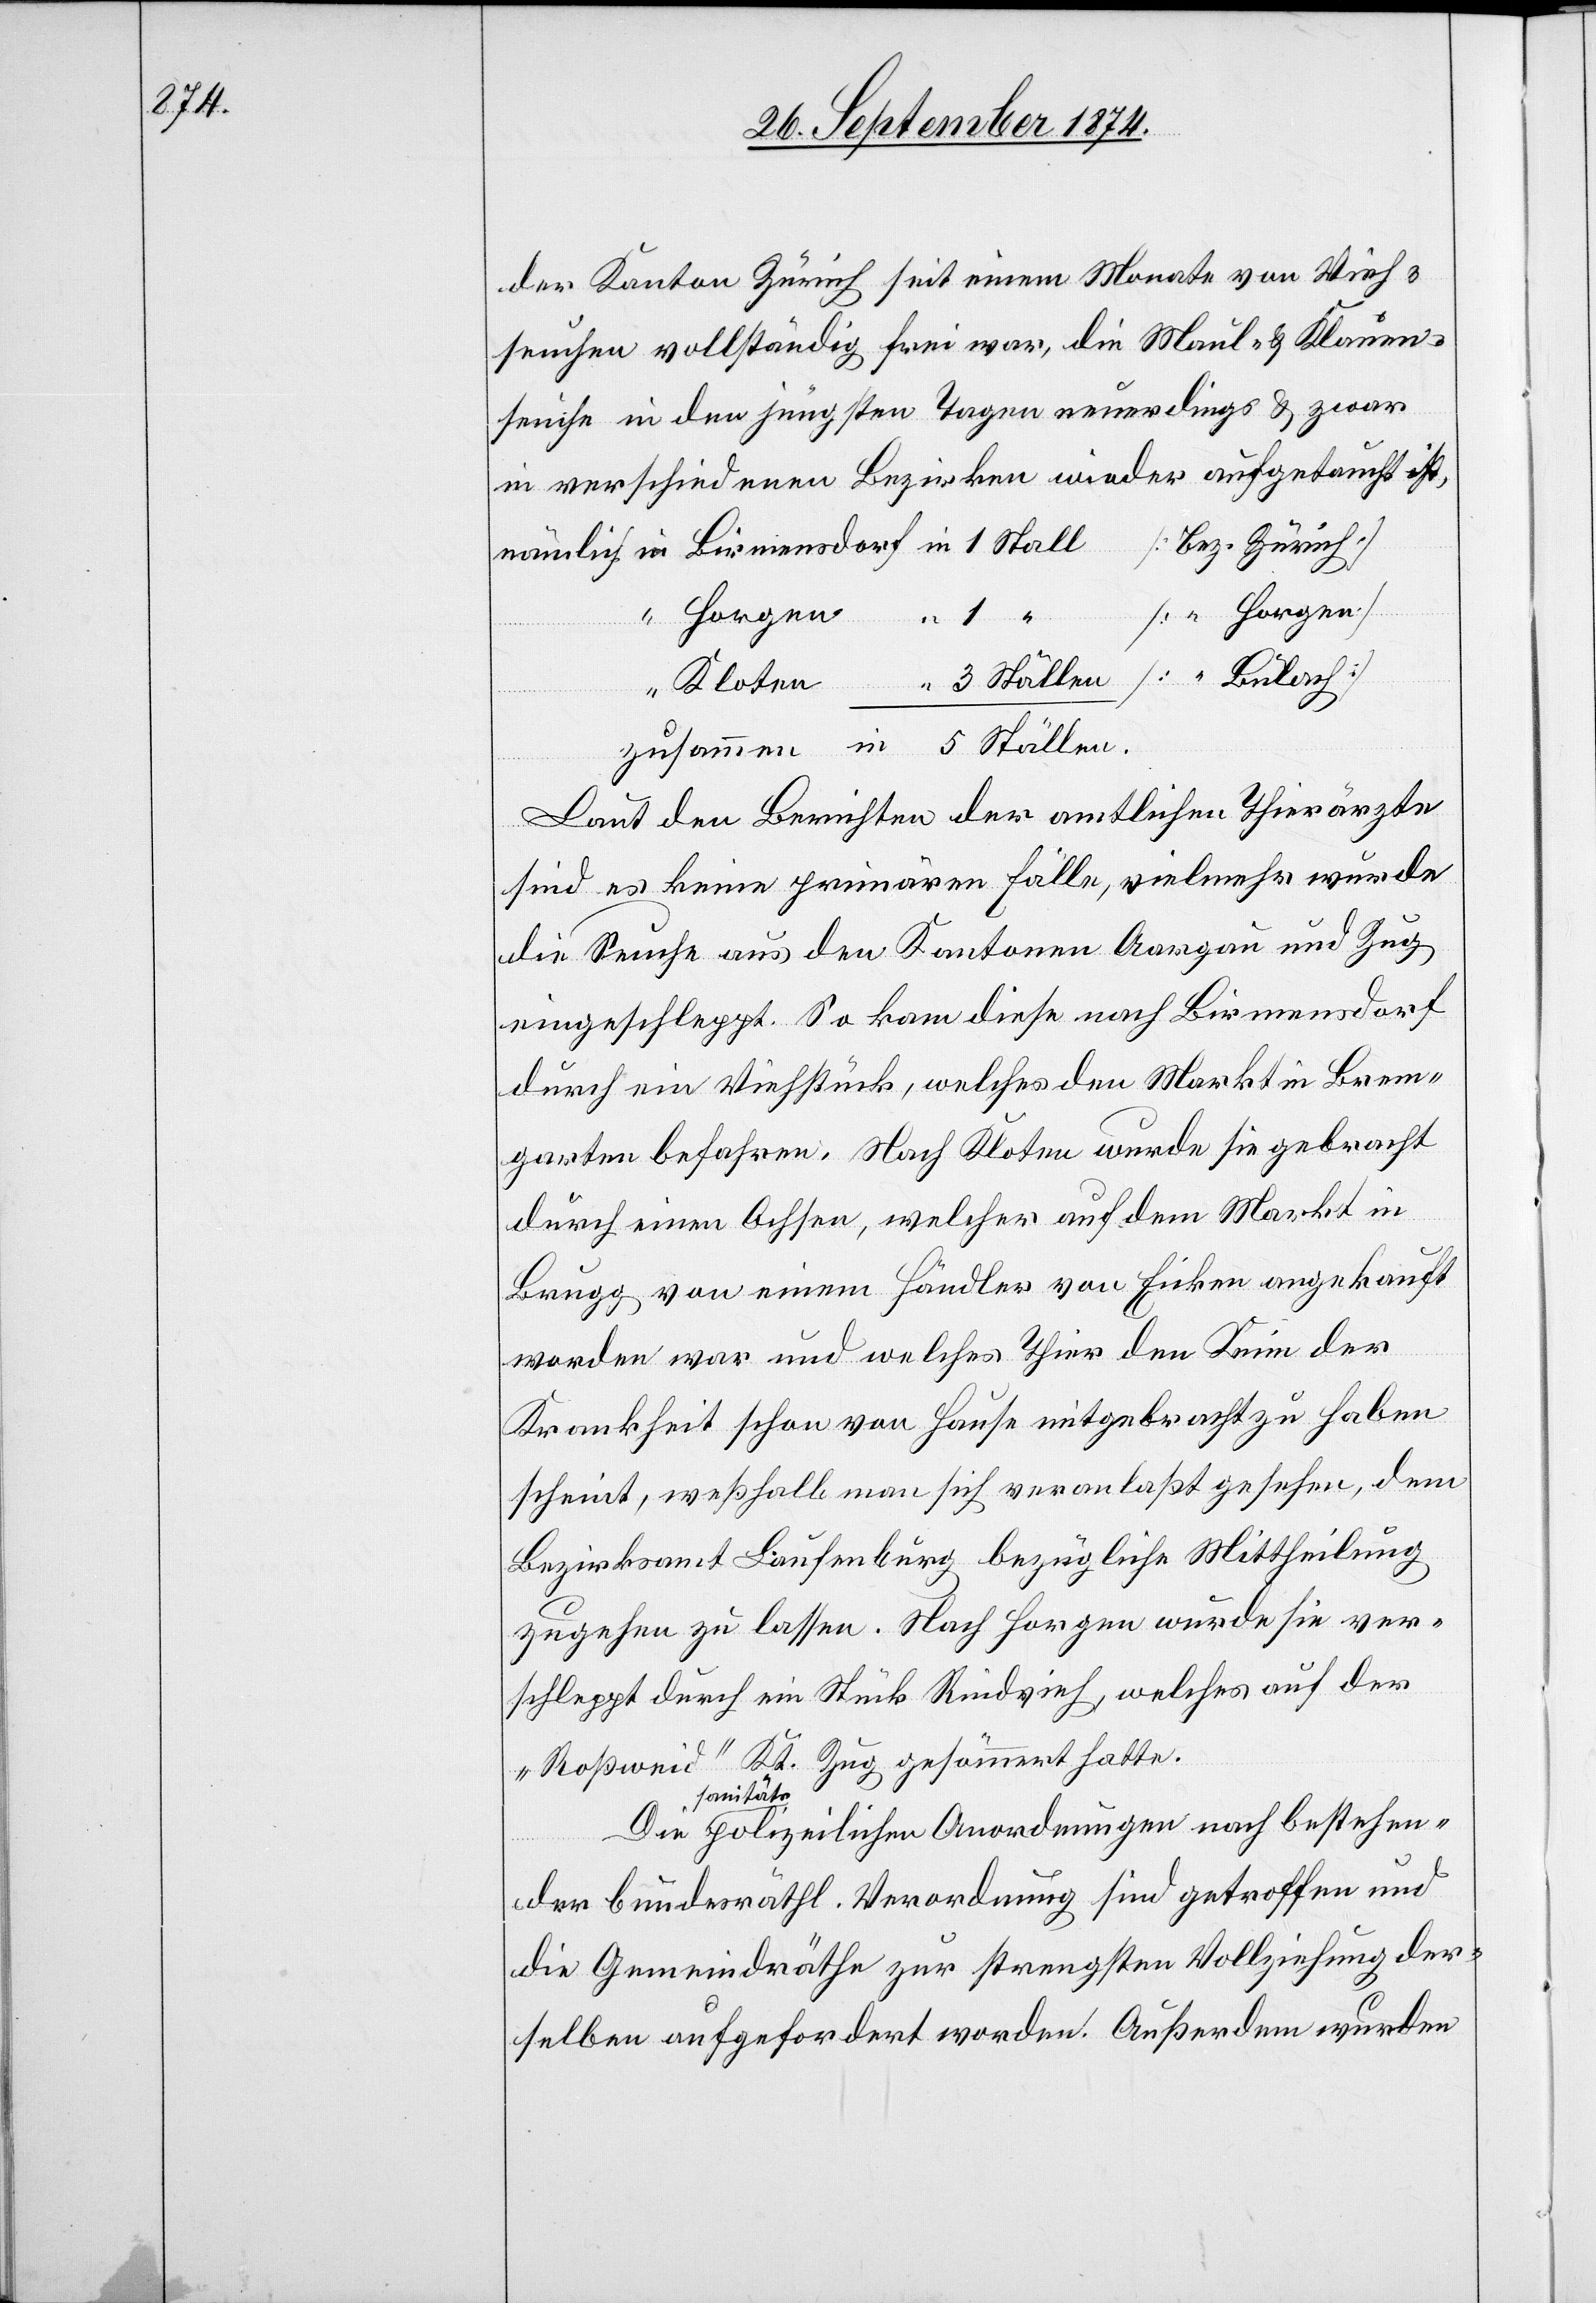
der Kanton Zürich seit einem Monate von Vieh¬
seuchen vollständig frei war, die Maul- & Klauen¬
seuche in den jüngsten Tagen neuerdings & zwar
in verschiedenen Bezirken wieder aufgetaucht ist,
Horgen]
Kloten
Laut den Berichten der amtlichen Thierärzte
sind es keine primären Fälle, vielmehr wurde
die Seuche aus den Kantonen Aargau und Zug
eingeschleppt. So kam diese nach Birmensdorf
durch ein Viehstück, welches den Markt in Brem¬
garten befahren. Nach Kloten wurde sie gebracht
durch einen Ochsen, welcher auf dem Markt in
Brugg von einem Händler von Eicken angekauft
worden war und welches Thier den Keim der
Krankheit schon von Hause mitgebracht zu haben
scheint, weßhalb man sich veranlaßt gesehen, dem
Bezirksamt Laufenburg bezügliche Mittheilung
zugehen zu lassen. Nach Horgen wurde sie ver¬
schleppt durch ein Stück Rindvieh, welches auf der
„Roßweid“ Kt. Zug gesömmert hatte.
sanitäts¬
polizeilichen Anordnungen nach bestehen¬
der bundesräthl. Verordnung sind getroffen und
die Gemeindräthe zur strengsten Vollziehung der¬
selben aufgefordert worden. Außerdem wurden